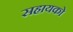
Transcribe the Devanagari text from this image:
सहायको